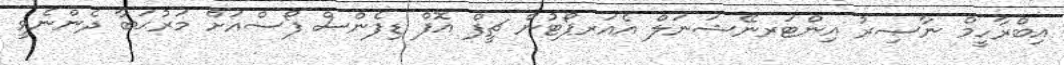
އިބްރާހީމް ނާޞިރު އިންޓަރނޭޝަނަލް އެއަރޕޯޓުން ޗީފް އޮފް ޑިފެންސް ފޯސްއަށް މަރުޙަބާ ދެންނެވީ